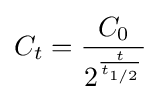
C_{t}={\frac {C_{0}}{2^{\frac {t}{t_{1/2}}}}}